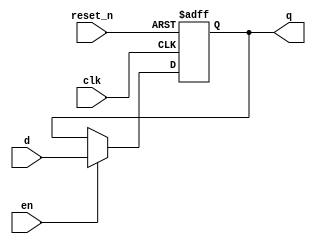
module _dff_r_en(clk, reset_n, en, d, q);
	input clk, reset_n, en, d;
	output reg q;
	
	always @ (posedge clk or negedge reset_n)
		begin
			if (reset_n == 1'b0) //reset has 1st priority
				q <= 1'b0;
			else if (en) //enable has 2nd priority
				q <= d;
			else //clock has 3rd priority
				q <= q;
		end
endmodule